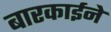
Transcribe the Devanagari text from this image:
बारकार्इने